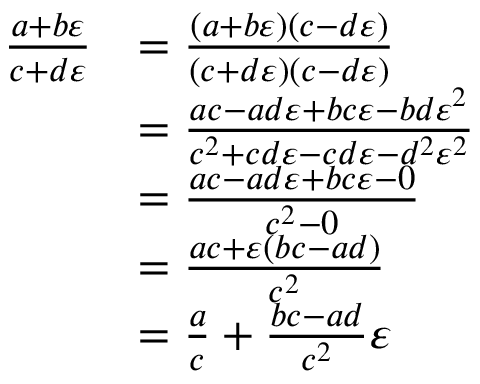
{ \begin{array} { r l } { { \frac { a + b \varepsilon } { c + d \varepsilon } } } & { = { \frac { ( a + b \varepsilon ) ( c - d \varepsilon ) } { ( c + d \varepsilon ) ( c - d \varepsilon ) } } } \\ & { = { \frac { a c - a d \varepsilon + b c \varepsilon - b d \varepsilon ^ { 2 } } { c ^ { 2 } + c d \varepsilon - c d \varepsilon - d ^ { 2 } \varepsilon ^ { 2 } } } } \\ & { = { \frac { a c - a d \varepsilon + b c \varepsilon - 0 } { c ^ { 2 } - 0 } } } \\ & { = { \frac { a c + \varepsilon ( b c - a d ) } { c ^ { 2 } } } } \\ & { = { \frac { a } { c } } + { \frac { b c - a d } { c ^ { 2 } } } \varepsilon } \end{array} }